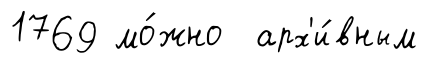
1769 мо́жно арх'и́вным